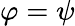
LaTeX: \varphi=\psi